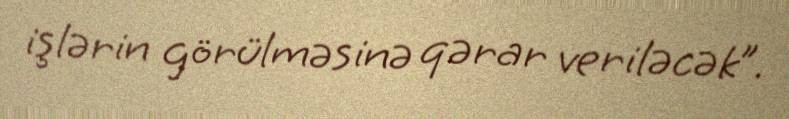
işlərin görülməsinə qərar veriləcək”.